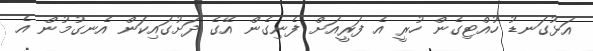
އަޅުގަނޑު ހުއްޓިގެން ހުރީ އެ ފަރީއަށް ފެނިގެން އޭގެ ދަށުގައިކަން އެނގުމުން އެ